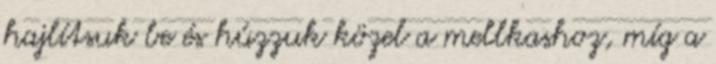
hajlítsuk be és húzzuk közel a mellkashoz, míg a